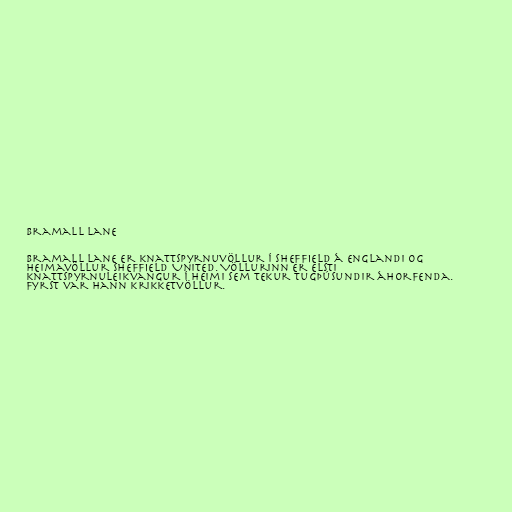
Bramall Lane

Bramall Lane er knattspyrnuvöllur í Sheffield á Englandi og
heimavöllur Sheffield United. Völlurinn er elsti
knattspyrnuleikvangur í heimi sem tekur tugþúsundir áhorfenda.
Fyrst var hann krikketvöllur.